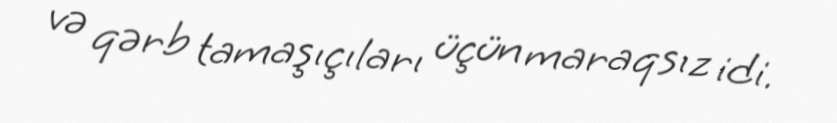
və qərb tamaşıçıları üçün maraqsız idi.